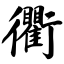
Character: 衢